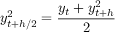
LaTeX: y _ { t + h / 2 } ^ { 2 } = { \frac { y _ { t } + y _ { t + h } ^ { 2 } } { 2 } }